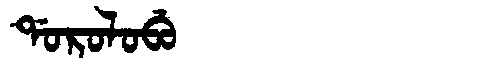
Manchu: ᡩᠣᡵᠣᠯᠣᠪᡠ
Romanization: DOROLOBU